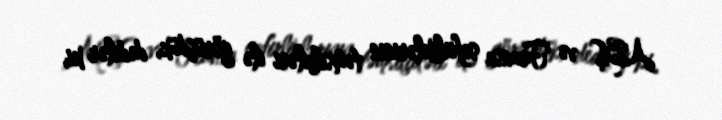
ABŞ və Fransa səfirliklərinin təmsilçiləri ilə görüşdük, dedilər ki,